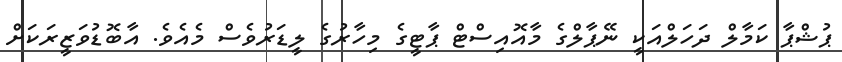
ޕުޝްޕާ ކަމާލް ދަހަލްއަކީ ނޭޕާލްގެ މާއޮއިސްޓް ޕާޓީގެ މިހާރުގެ ލީޑަރުވެސް މެއެވެ. އާބޮޑުވަޒީރަކަށް